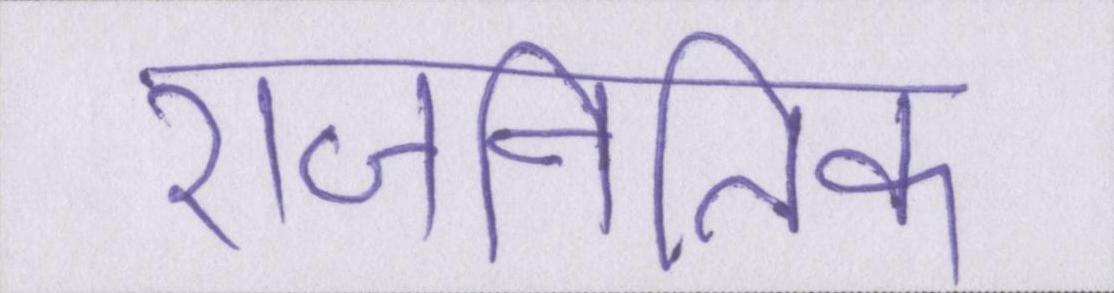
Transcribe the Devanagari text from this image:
राजनितिक